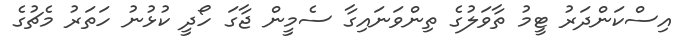
އިސްކަންދަރު ޓީމު ތާވަލުގެ ތިންވަނައިގާ ސެމީން ޖާގަ ހޯދީ ކުޅުނު ހަތަރު މެޗުގެ